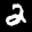
Label: 2